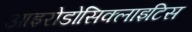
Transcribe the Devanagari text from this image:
आइरोडोसिक्लाइटिस